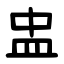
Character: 盅